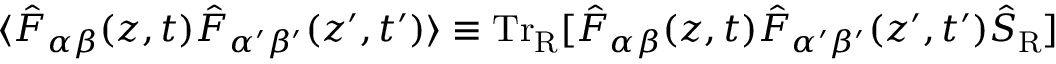
\langle { \hat { F } } _ { \alpha \beta } ( z , t ) { \hat { F } } _ { \alpha ^ { \prime } \beta ^ { \prime } } ( z ^ { \prime } , t ^ { \prime } ) \rangle \equiv \mathrm { T r } _ { \mathrm { R } } [ { \hat { F } } _ { \alpha \beta } ( z , t ) { \hat { F } } _ { \alpha ^ { \prime } \beta ^ { \prime } } ( z ^ { \prime } , t ^ { \prime } ) { \hat { S } } _ { \mathrm { R } } ]